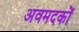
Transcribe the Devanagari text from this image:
अवमदकों